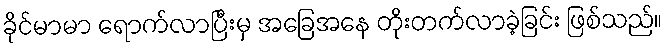
ခိုင်မာမာ ရောက်လာပြီးမှ အခြေအနေ တိုးတက်လာခဲ့ခြင်း ဖြစ်သည်။